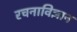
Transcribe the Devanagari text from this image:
रचनाविज्ञान